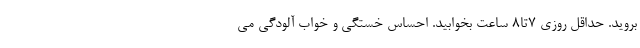
بروید. حداقل روزی ۷تا۸ ساعت بخوابید. احساس خستگی و خواب آلودگی می